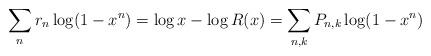
LaTeX: \begin{align*}\sum_n r_n \log(1-x^n)=\log x-\log R(x)=\sum_{n,k} P_{n,k} \log(1-x^n)\end{align*}